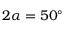
2 \alpha = 5 0 ^ { \circ }